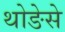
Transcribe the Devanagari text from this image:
थोङेसे